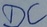
Text: DC